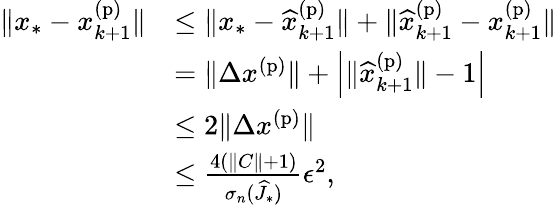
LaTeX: \begin{array}{rl}{\| x_{*}-x_{k+1}^{\mathrm{(p)}}\| }&{\leq\| x_{*}-\widehat{x}_{k+1}^{\mathrm{(p)}}\| +\| \widehat{x}_{k+1}^{\mathrm{(p)}}-x_{k+1}^{\mathrm{(p)}}\| }\\ &{=\| \Delta x^{\mathrm{(p)}}\| +\left|\| \widehat{x}_{k+1}^{\mathrm{(p)}}\| -1\right|}\\ &{\leq 2\| \Delta x^{\mathrm{(p)}}\| }\\ &{\leq\frac{4(\| C\| +1)}{\sigma_{n}(\widehat{J}_{*})}\epsilon^{2},}\end{array}